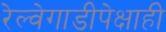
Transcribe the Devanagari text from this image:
रेल्वेगाडीपेक्षाही